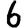
Digit: 6